Applicability to medico-legal practice in India of the biochemical tests for the origin of blood-stains - Number 39
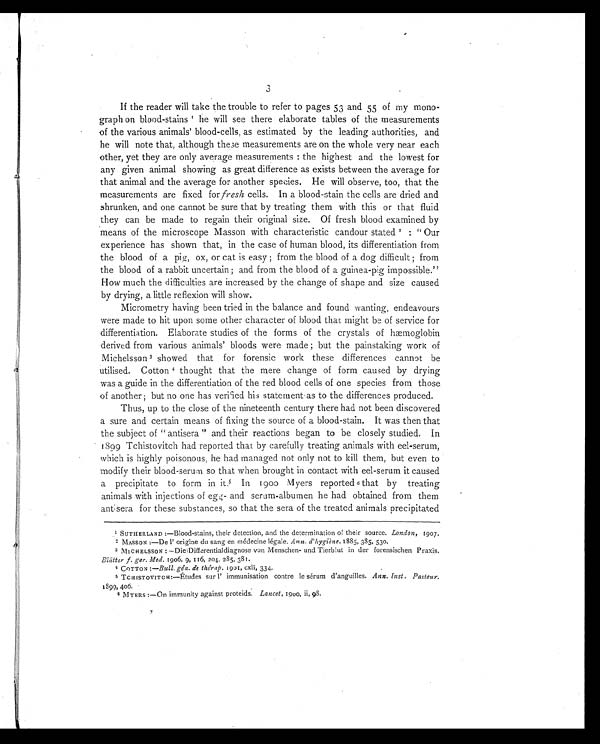
3
If the reader will take the trouble to refer to pages 53 and 55 of my mono-
graph on blood-stains 1 h e w i l l s e e t h e r e e l a b o r a t e t a b l e s o f t h e m e a s u r e m e n t s
of the various animals' blood-cells, as estimated by the leading authorities, and
he will note that, although there measurements are on the whole very near each
other, yet they are only average measurements: the highest and the lowest for
any given animal showing as great difference as exists between the average for
that animal and the average for another species. He will observe, too, that the
measurements are fixed for fresh cells. In a blood-stain the cells are dried and
shrunken, and one cannot be sure that by treating them with this or that fluid
they can be made to regain their original size. Of fresh blood examined by
means of the microscope Masson with characteristic candour stated 2 : "Our
experience has shown that, in the case of human blood, its differentiation from
the blood of a pig, ox, or cat is easy; from the blood of a dog difficult; from
the blood of a rabbit uncertain; and from the blood of a guinea-pig impossible."
How much the difficulties are increased by the change of shape and size caused
by drying, a little reflexion will show.
Micrometry having been tried in the balance and found wanting, endeavours
were made to hit upon some other character of blood that might be of service for
differentiation. Elaborate studies of the forms of the crystals of hæmoglobin
derived from various animals' bloods were made; but the painstaking work of
Michelsson3 showed that for forensic work these differences cannot be
utilised. Cotton4 t h o u g h t t h a t t h e m e r e c h a n g e o f f o r m c a u s e d b y d r y i n g
was a guide in the differentiation of the red blood cells of one species from those
of another; but no one has verified his statement as to the differences produced.
Thus, up to the close of the nineteenth century there had not been discovered
a sure and certain means of fixing the source of a blood-stain. It was then that
the subject of "antisera" and their reactions began to be closely studied. In
1899 Tchistovitch had reported that by carefully treating animals with eel-serum,
which is highly poisonous he had managed not only not to kill them, but even to
modify their blood-serum so that when brought in contact with eel-serum it caused
a precipitate to form in it.5 In 1900 Myers reported 6 that by treating
animals with injections of egg- and serum-albumen he had obtained from them
antisera for these substances, so that the sera of the treated animals precipitated
1 SUTHERLAND:—Blood-stains, their detection, and the determination of their source. London, 1907.
2 MASSON:—De l' origine du sang en médecine légale. Ann. d' hygiène. 1885, 385, 530.
3 MICHELSSON: —Die Differentialdiagnose von Menschen- und Tierblut in der forensischen Praxis.
Blätter f. ger. Med. 1906, 9, 116, 204, 285, 381.
4 COTTON:—Bull. gén. de thérap. 1901, cxli, 334.
5 TCHISTOVITCH:—Études sur l' immunisation contre le sérum d'anguilles. Ann. Inst. Pasteur.
1899, 406.
6 MYERS:—On immunity against proteids. Lancet, 1900, ii, 98.